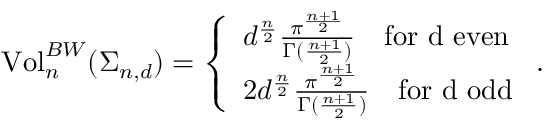
\begin{array} { r } { \mathrm { V o l } _ { n } ^ { B W } ( \Sigma _ { n , d } ) = \left\{ \begin{array} { l l } { d ^ { \frac { n } { 2 } } \frac { \pi ^ { \frac { n + 1 } { 2 } } } { \Gamma ( \frac { n + 1 } { 2 } ) } \ \ \ \mathrm { f o r ~ d ~ e v e n } } \\ { 2 d ^ { \frac { n } { 2 } } \frac { \pi ^ { \frac { n + 1 } { 2 } } } { \Gamma ( \frac { n + 1 } { 2 } ) } \ \ \ \mathrm { f o r ~ d ~ o d d } } \end{array} \right. . } \end{array}